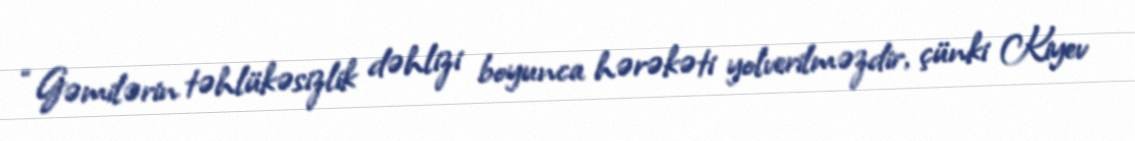
“Gəmilərin təhlükəsizlik dəhlizi boyunca hərəkəti yolverilməzdir, çünki Kiyev